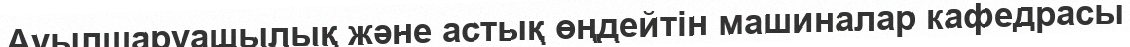
Ауылшаруашылық және астық өңдейтiн машиналар кафедрасы